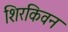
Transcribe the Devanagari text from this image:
शिरकिवन